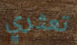
تعثري